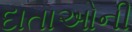
દાતાઓની